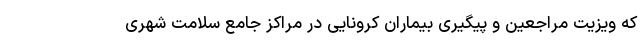
که ویزیت مراجعین و پیگیری بیماران کرونایی در مراکز جامع سلامت شهری